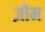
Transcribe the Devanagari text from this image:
ज़ौम